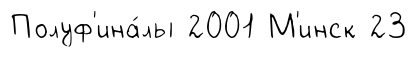
Полуф'ина́лы 2001 М'инск 23